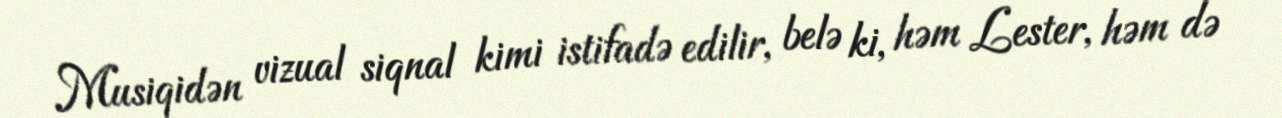
Musiqidən vizual siqnal kimi istifadə edilir, belə ki, həm Lester, həm də